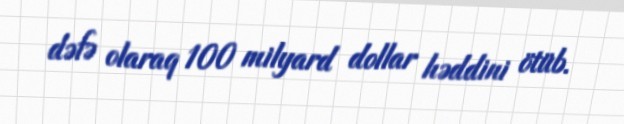
dəfə olaraq 100 milyard dollar həddini ötüb.